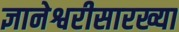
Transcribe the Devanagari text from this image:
ज्ञानेश्वरीसारख्या